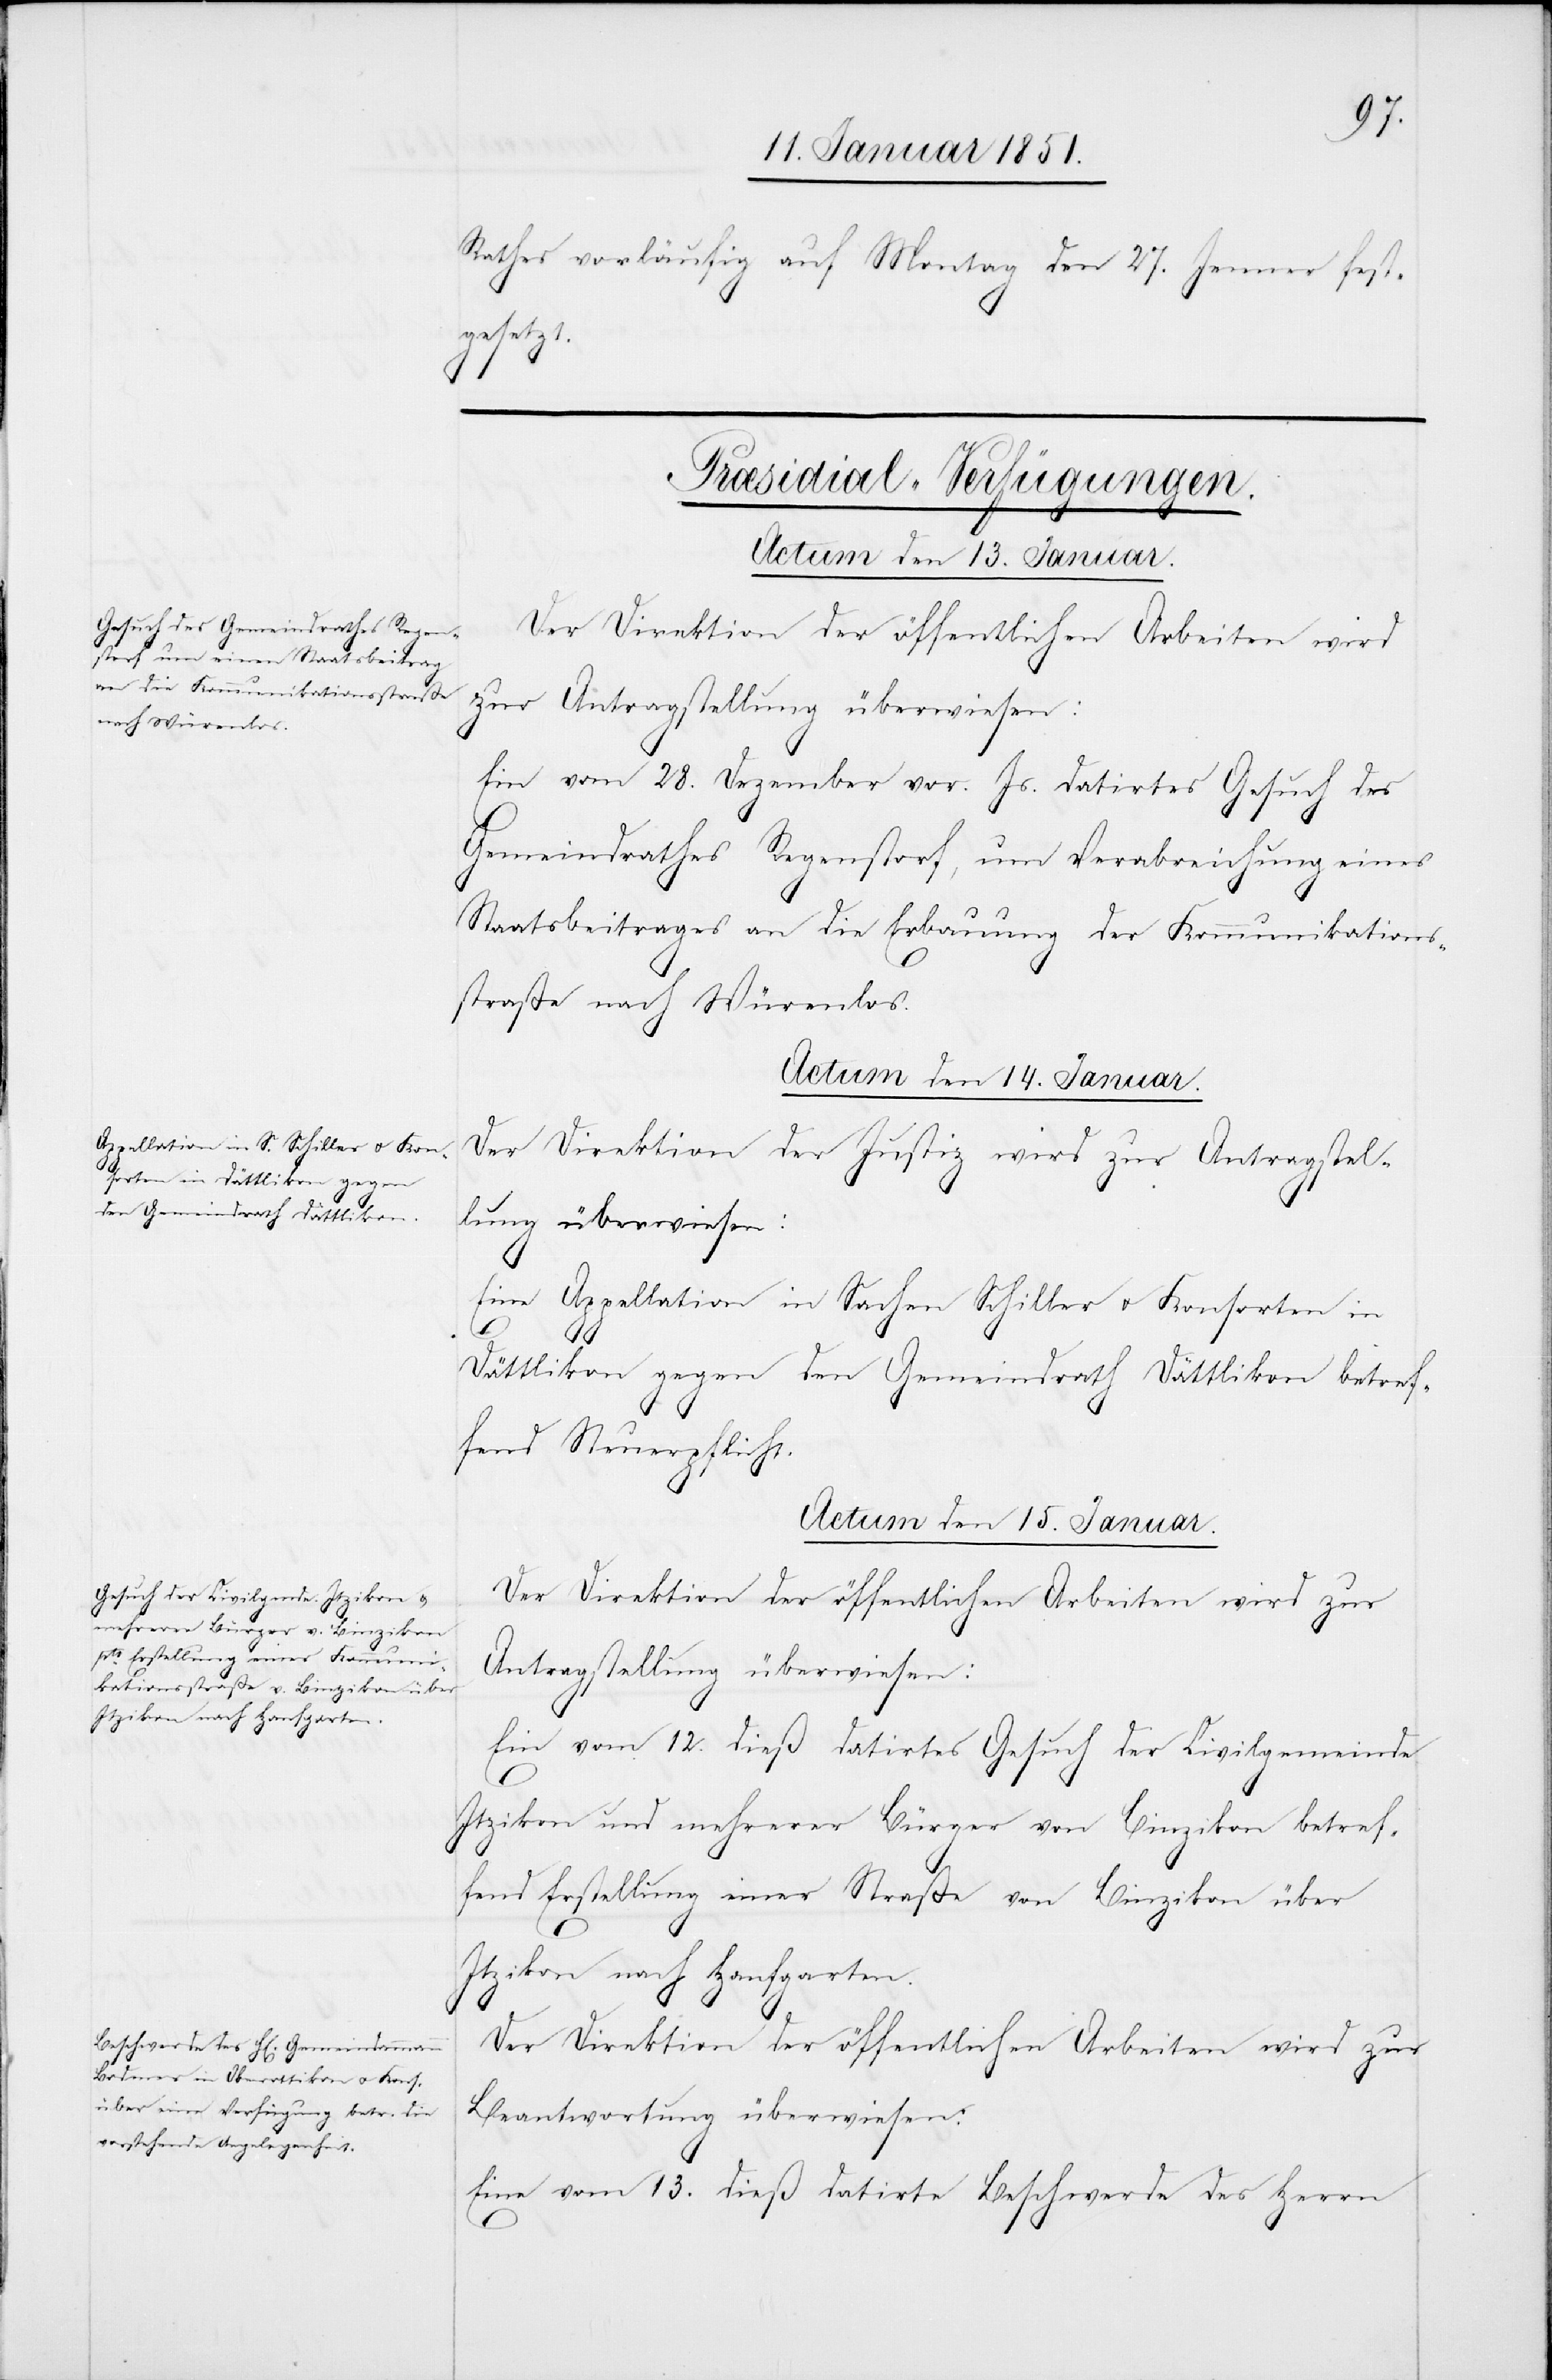
Rathes vorläufig auf Montag den 27. Jenner fest¬
gesetzt.
[Præsidial-Verfügungen.]
Ein vom 28. Dezember vor. Js. datirtes Gesuch des
Gemeindrathes Regenstorf, um Verabreichung eines
Staatsbeitrages an die Erbauung der Kommunikations¬
straße nach Würenlos.
Actum den 14. Januar.
Der Direktion der Justiz wird zur Antragstel¬
lung überwiesen:
Eine Appellation in Sachen Schiller u. Konsorten in
Dättlikon gegen den Gemeindrath Dättlikon betref¬
fend Steuerpflicht.
Actum den 15. Januar.
Der Direktion der öffentlichen Arbeiten wird zur
Antragstellung überwiesen:
Ein vom 12. dieß datirtes Gesuch der Civilgemeinde
Itzikon und mehrerer Bürger von Binzikon betref¬
fend Erstellung einer Straße von Binzikon über
Itzikon nach Hanfgarten.
Der Direktion der öffentlichen Arbeiten wird zur
Beantwortung überwiesen:
Eine vom 13. dieß datirte Beschwerde des Herrn